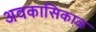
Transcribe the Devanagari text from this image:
अवकासिकाळ